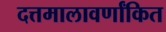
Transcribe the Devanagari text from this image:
दत्तमालावर्णांकित